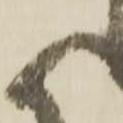
候